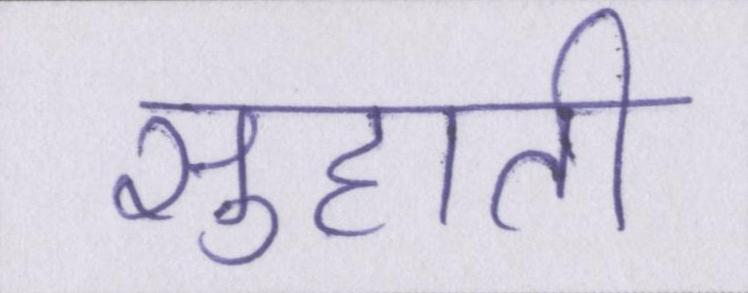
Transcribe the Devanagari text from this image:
सुहाती